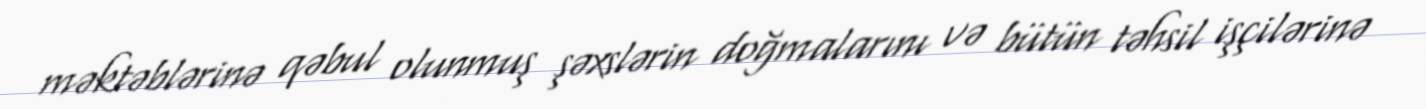
məktəblərinə qəbul olunmuş şəxslərin doğmalarını və bütün təhsil işçilərinə